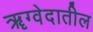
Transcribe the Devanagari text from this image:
ॠग्वेदातील